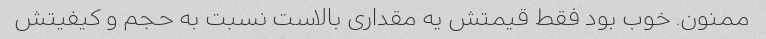
ممنون. خوب بود فقط قیمتش یه مقداری بالاست نسبت به حجم و کیفیتش